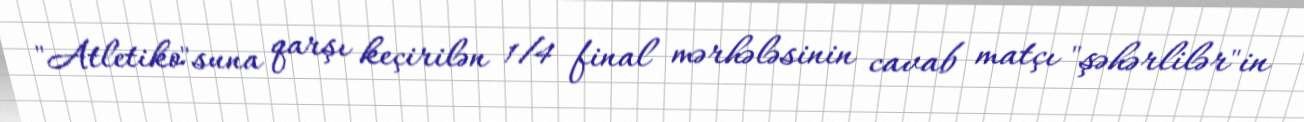
"Atletiko"suna qarşı keçirilən 1/4 final mərhələsinin cavab matçı "şəhərlilər"in